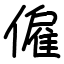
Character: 僱